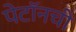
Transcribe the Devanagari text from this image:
पेटॉनची